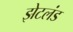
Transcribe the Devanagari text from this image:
झेटलंड